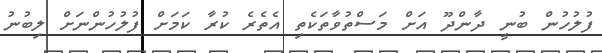
ފުލުހުން ބުނީ ދާންދޫ އަށް މަސްތުވާތަކެތި އެތެރެ ކުރާ ކަމަށް ފުލުހުންނަށް ލިބުނު